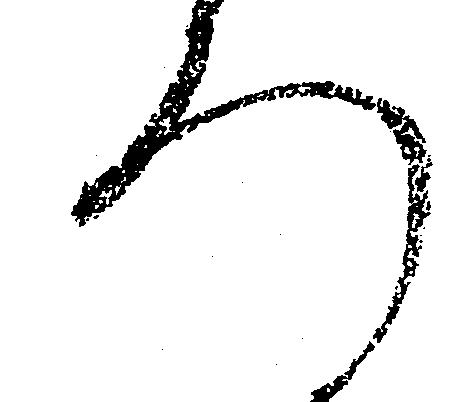
ろ